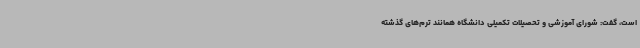
است، گفت: شورای آموزشی و تحصیلات تکمیلی دانشگاه همانند ترم‌های گذشته